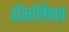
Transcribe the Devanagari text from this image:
डॉसलिंग्ज़